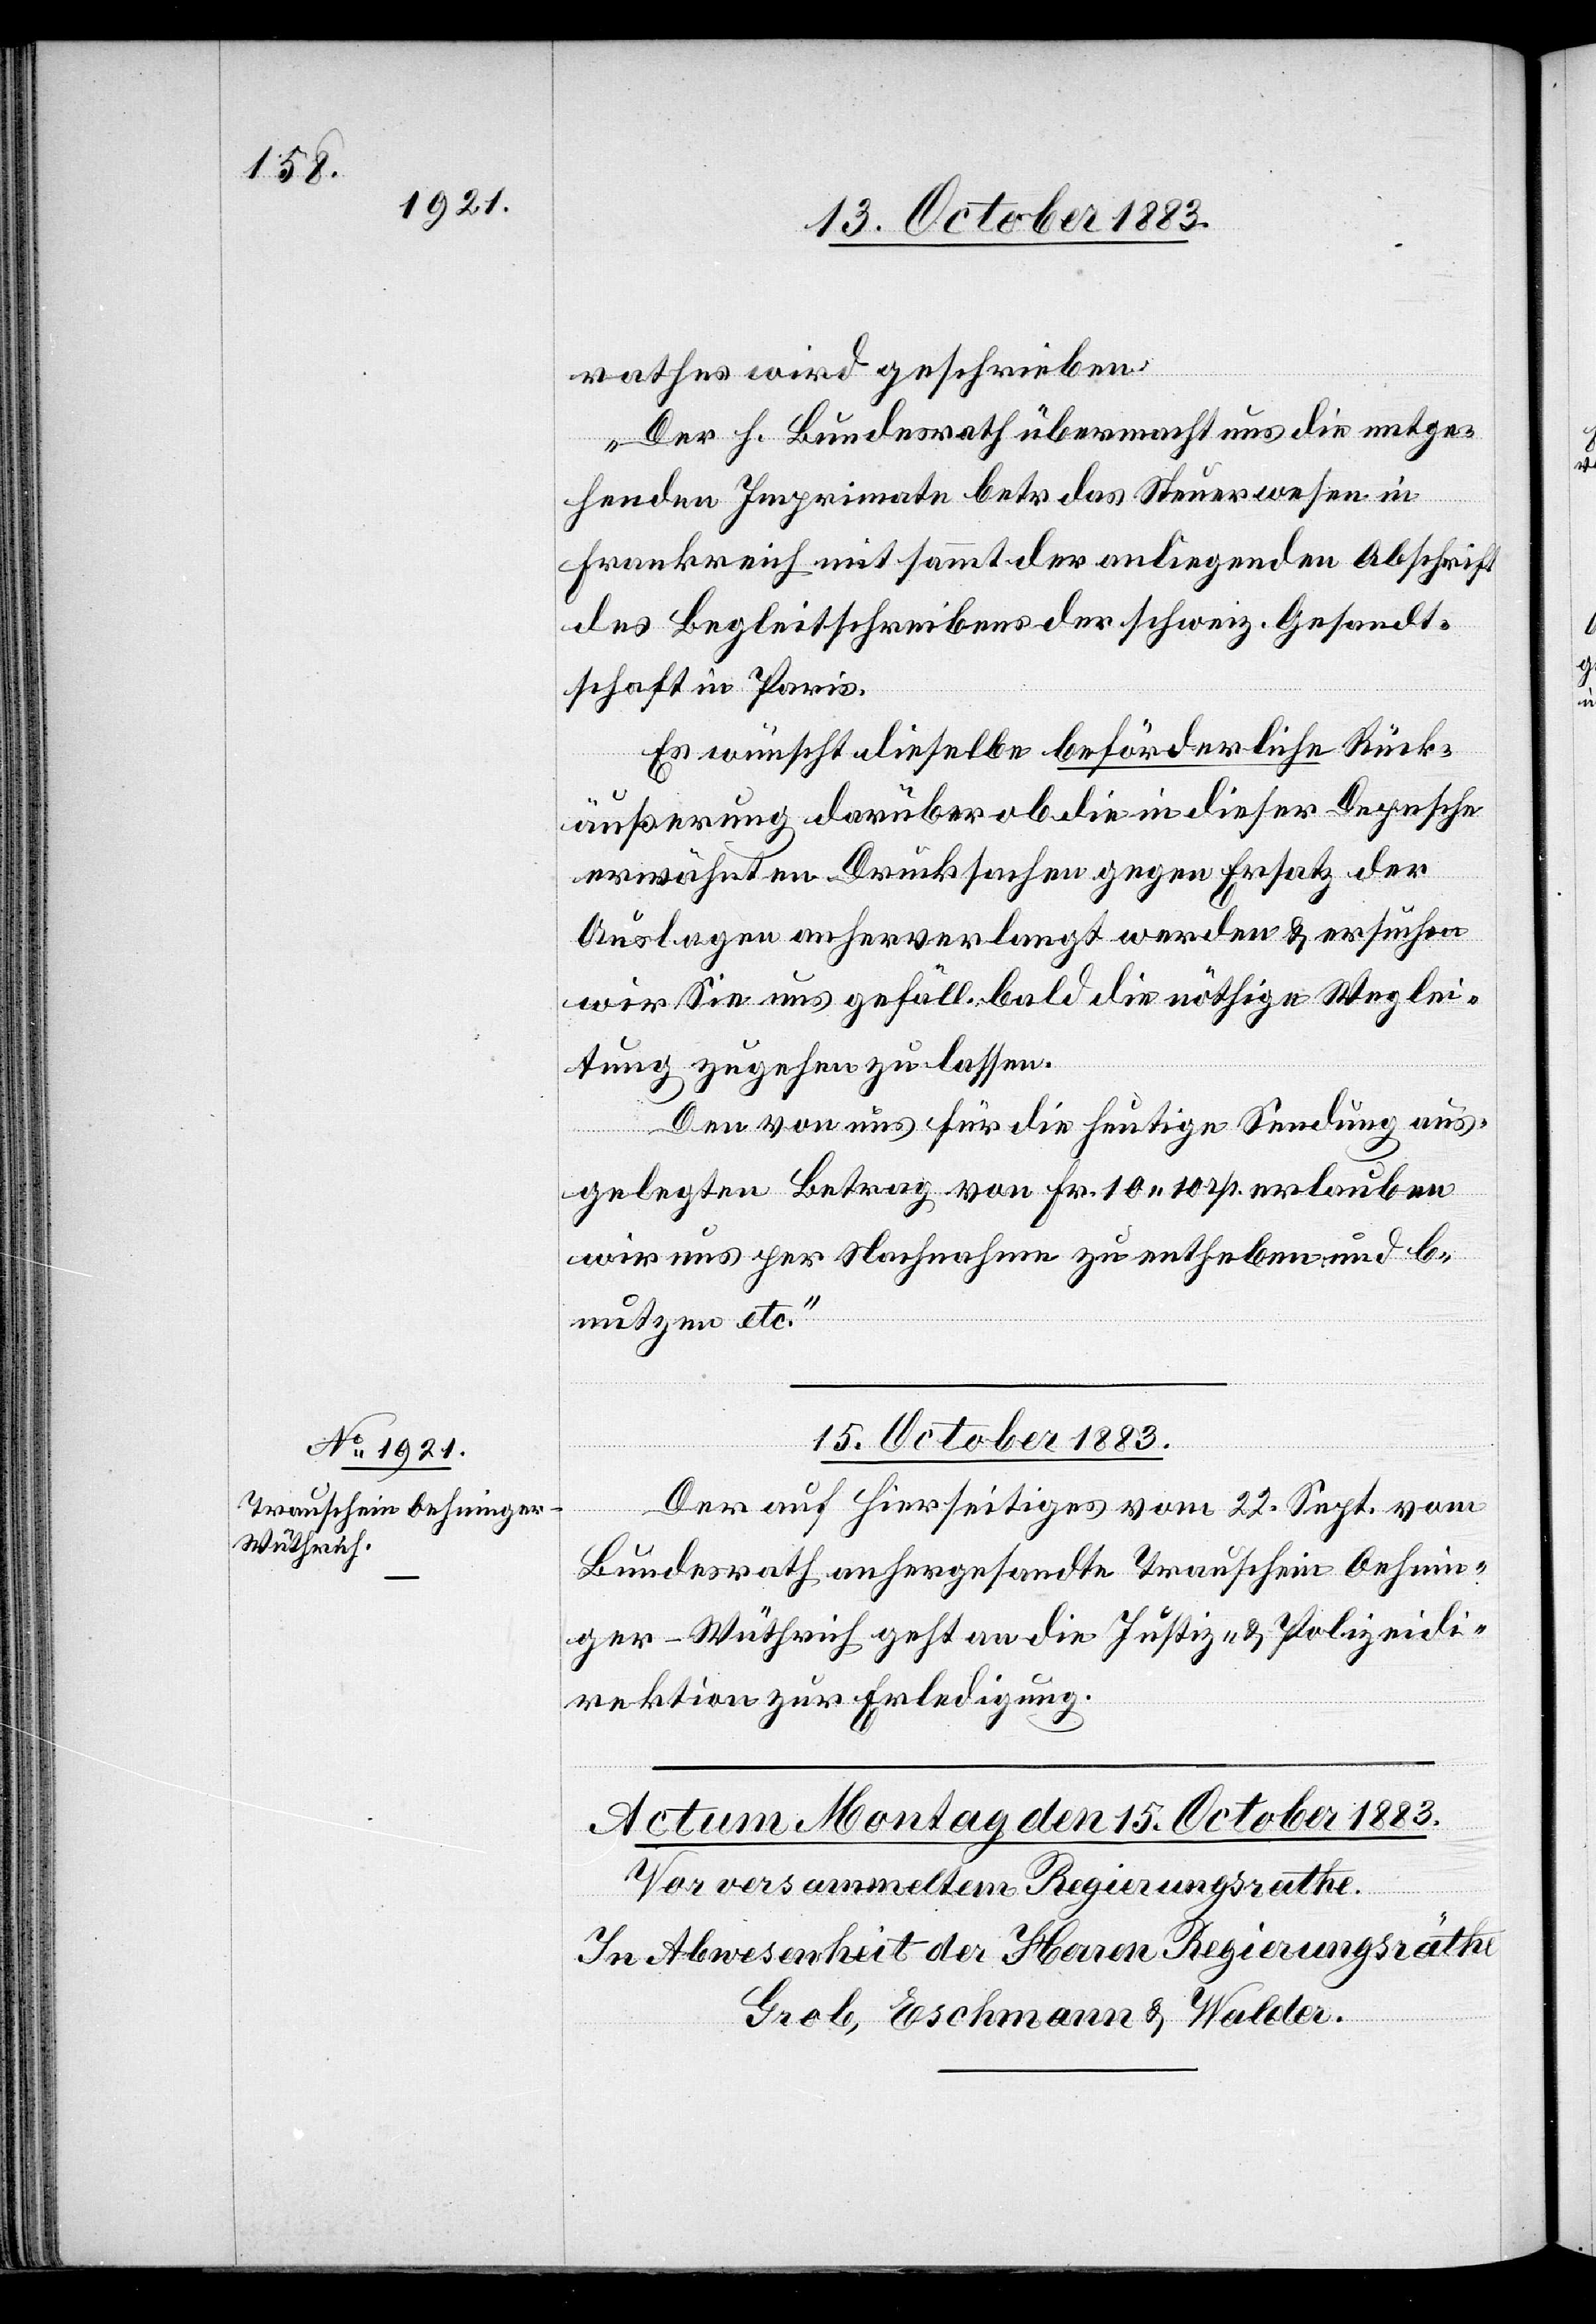
rathes wird geschrieben:
„Der h. Bundesrath übermacht uns die entge¬
henden Imprimate betr. das Steuerwesen in
Frankreich mit sammt der anliegenden Abschrift
des Begleitschreibens der schweiz. Gesandt¬
schaft in Paris.
Es wünscht dieselbe beförderliche Rück¬
äußerung darüber ob die in dieser Depesche
erwähnten Drucksachen gegen Ersatz der
Auslagen anherverlangt werden & ersuchen
wir Sie uns gefäll. bald die nöthige Weglei¬
tung zugehen zu lassen.
Den von uns für die heutige Sendung aus¬
gelegten Betrag von Fr. 10 10 rp. erlauben
wir uns per Nachnahme zu entheben und be¬
nutzen etc.“
15. October 1883.
Der auf hierseitiges vom 22. Sept. vom
Bundesrath anhergesandte Trauschein Oehnin¬
ger-Wüthrich geht an die Justiz- & Polizeidi¬
rektion zur Erledigung.